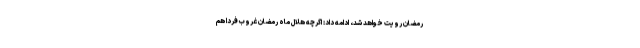
رمضان رویت خواهد شد، ادامه داد: اگرچه هلال ماه رمضان غروب فردا هم